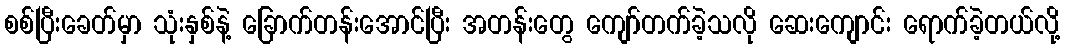
စစ်ပြီးခေတ်မှာ သုံးနှစ်နဲ့ ခြောက်တန်းအောင်ပြီး အတန်းတွေ ကျော်တက်ခဲ့သလို ဆေးကျောင်း ရောက်ခဲ့တယ်လို့